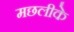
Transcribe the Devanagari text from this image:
मछलीके